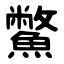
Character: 鱉